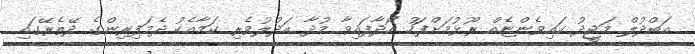
އަބްދުލް މަޖީދު ކައިވެންޏެއް ރޫޅުމަށްފަހު ހޯދާފައިވާ މުދާ އަދުލުވެރި ކަމާއެކު ދެމަފިރިންގެ ދޭތެރޭގައި